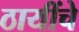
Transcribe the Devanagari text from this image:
ठायींचे